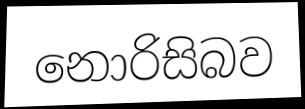
නොරිසිබව